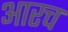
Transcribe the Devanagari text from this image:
आरच